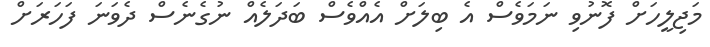
މަޖިލީހަށް ފޮނުވި ނަމަވެސް އެ ބިލަށް އެއްވެސް ބަދަލެއް ނުގެނެސް ދެވަނަ ފަހަރަށް